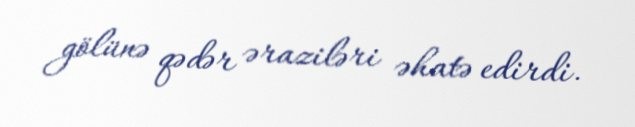
gölünə qədər əraziləri əhatə edirdi.